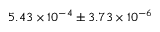
5 . 4 3 \times { 1 0 ^ { - 4 } } \pm 3 . 7 3 \times { 1 0 ^ { - 6 } }